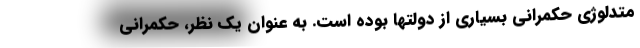
متدلوژی حکمرانی بسیاری از دولتها بوده است. به عنوان یک نظر، حکمرانی